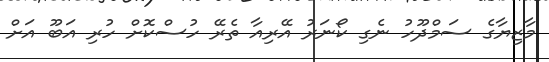
މާޒިޔާގެ ސަމްދޫހު ނެގި ކޯނަރު އޭރިއާ ތެރޭ ހުސްކޮށް ހުރި އަބޫ އަށް